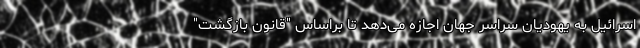
اسرائیل به یهودیان سراسر جهان اجازه می‌دهد تا براساس "قانون بازگشت"